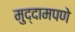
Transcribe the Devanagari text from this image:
मुद्दामपणे